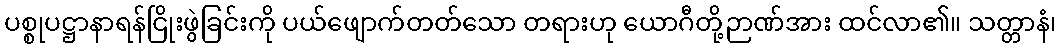
ပစ္စုပဋ္ဌာနာရန်ငြိုးဖွဲခြင်းကို ပယ်ဖျောက်တတ်သော တရားဟု ယောဂီတို့ဉာဏ်အား ထင်လာ၏။ သတ္တာနံ၊